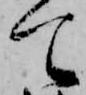
て